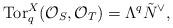
LaTeX: \begin{align*}\mbox{Tor}_q^X({\cal O}_S, {\cal O}_T) = \Lambda^q \tilde{N}^{\vee},\end{align*}